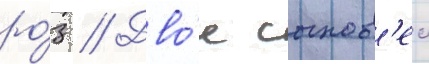
ро́з // Дво́е сынов'еи